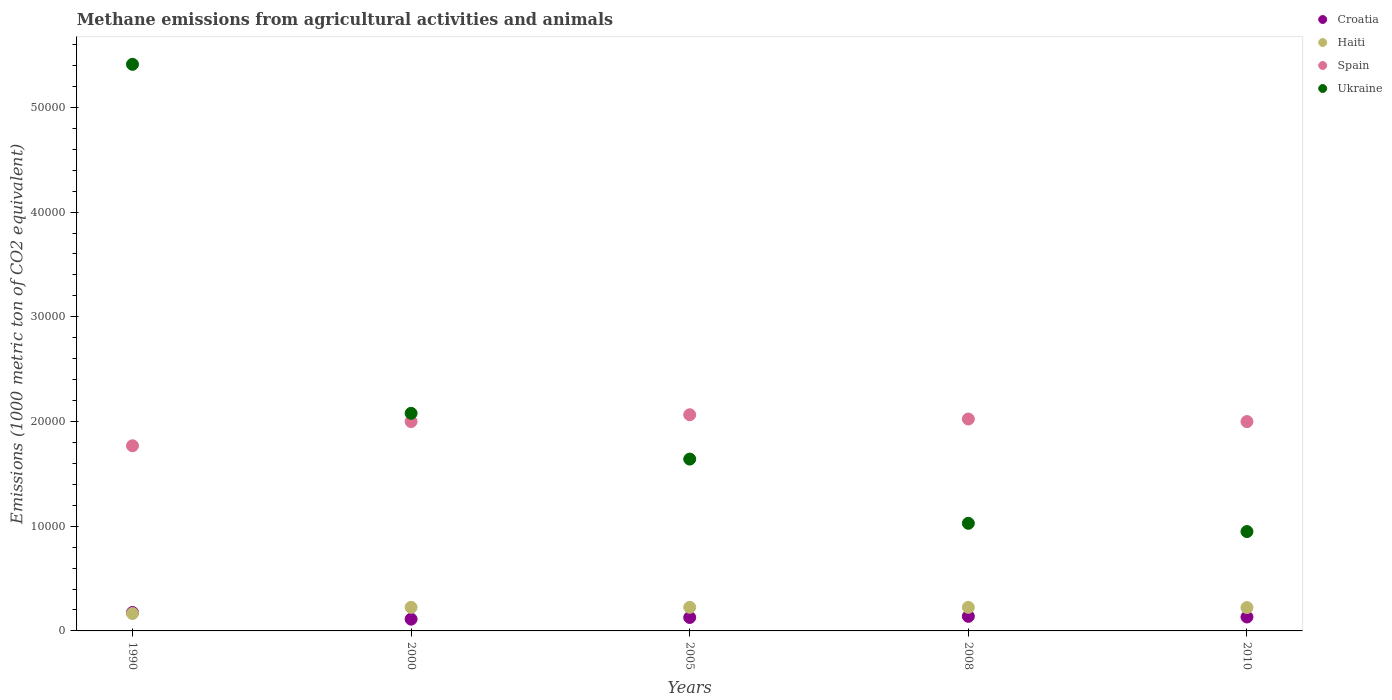
| Years | Croatia | Haiti | Spain | Ukraine |
 | --- | --- | --- | --- | --- |
 | 1990 | 1.76e+03 | 1.66e+03 | 1.77e+04 | 5.41e+04 |
 | 2000 | 1.12e+03 | 2.25e+03 | 2e+04 | 2.08e+04 |
 | 2005 | 1.29e+03 | 2.25e+03 | 2.06e+04 | 1.64e+04 |
 | 2008 | 1.39e+03 | 2.25e+03 | 2.02e+04 | 1.03e+04 |
 | 2010 | 1.33e+03 | 2.23e+03 | 2e+04 | 9.49e+03 |